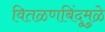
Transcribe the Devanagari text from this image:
वितळणबिंदूमुळे